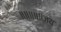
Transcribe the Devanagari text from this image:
॥॥॥॥॥जय